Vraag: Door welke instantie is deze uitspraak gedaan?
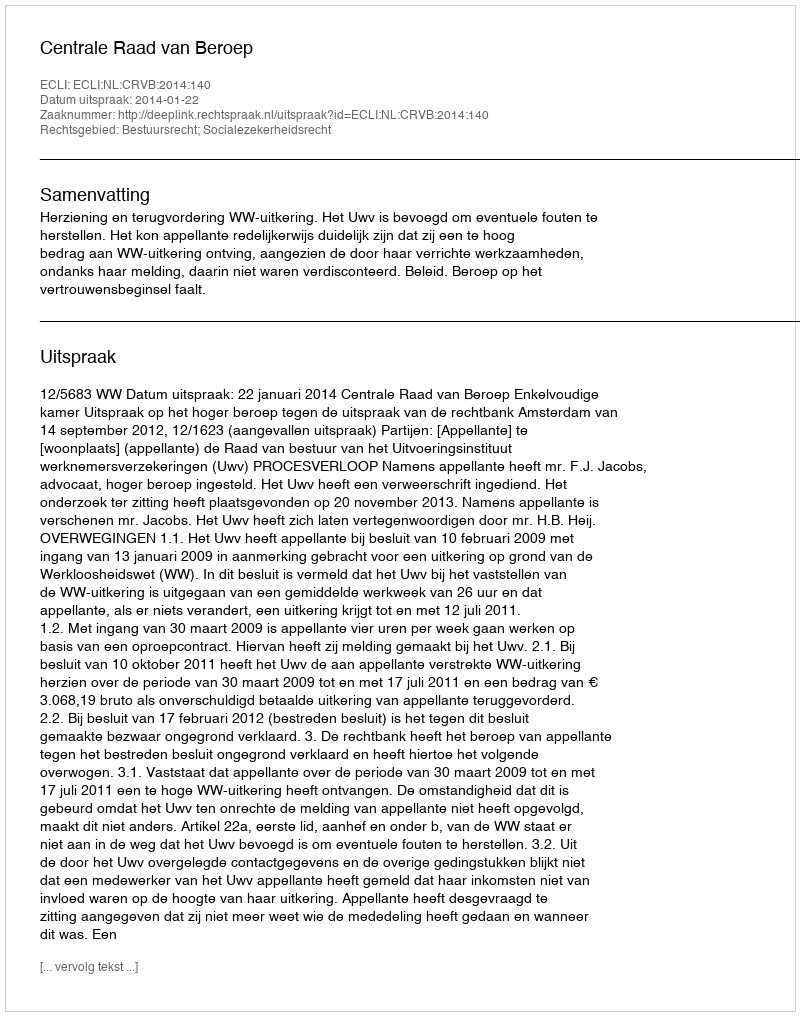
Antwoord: Centrale Raad van Beroep